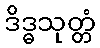
ဒိဒ္ဓသုတ္တံ